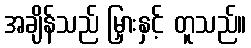
အချိန်သည် မြှားနှင့် တူသည်။